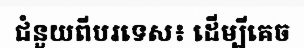
ជំនួយពីបរទេស៖ ដើម្បីគេច